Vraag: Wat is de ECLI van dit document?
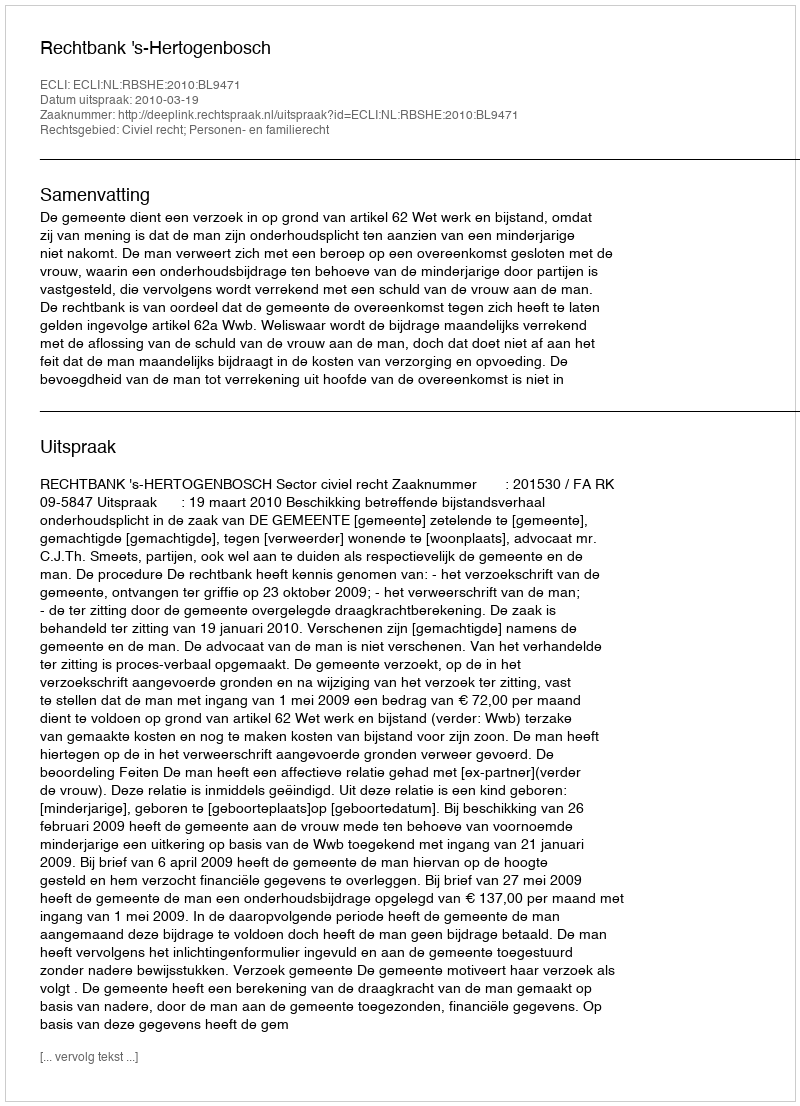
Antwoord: ECLI:NL:RBSHE:2010:BL9471